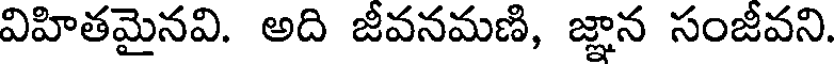
విహితమైనవి. అది జీవనమణి, జ్ఞాన సంజీవని.